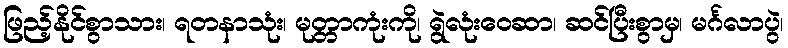
ဖြည့်နိုင်စွာသား၊ ရတနာသုံး၊ မုတ္တာကုံးကို၊ ရွဲလုံးဝေဆာ၊ ဆင်ပြီးစွာမှ၊ မင်္ဂလာပွဲ၊